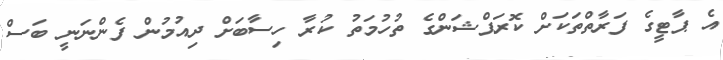
އެ ޕާޓީގެ ފަރާތްތަކަށް ކޮރަޕްޝަންގެ ތުހުމަތު ކުރާ ހިސާބަށް ދިއުމުން ފެންނަނީ ބަސް